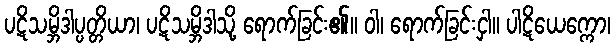
ပဋိသမ္ဘိဒါပ္ပတ္တိယာ၊ ပဋိသမ္ဘိဒါသို့ ရောက်ခြင်း၏။ ဝါ၊ ရောက်ခြင်းငှါ။ ပါဋိယေက္ကော၊